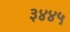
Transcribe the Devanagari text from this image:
३४४५